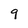
Character: q